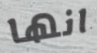
انها